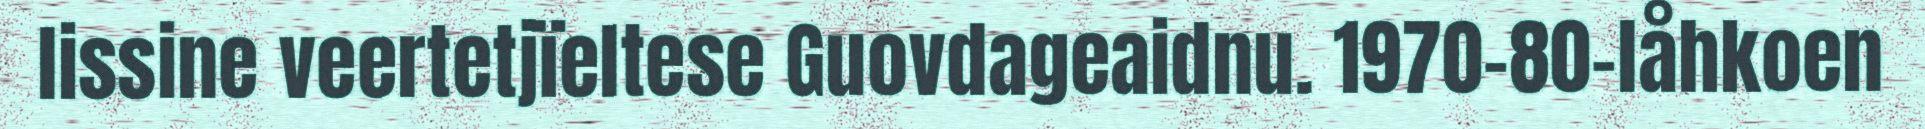
lissine veertetjïeltese Guovdageaidnu. 1970-80-låhkoen